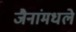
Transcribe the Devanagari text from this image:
जैनांमधले